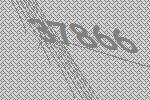
37866